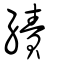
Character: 績